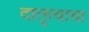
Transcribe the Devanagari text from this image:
दातृत्वाचा